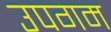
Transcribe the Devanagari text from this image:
उपगम